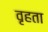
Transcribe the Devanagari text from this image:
वृहता